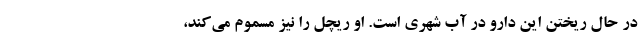
در حال ریختن این دارو در آب شهری است. او ریچل را نیز مسموم می‌کند،